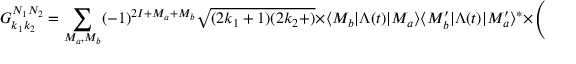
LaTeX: G _ { k _ { 1 } k _ { 2 } } ^ { N _ { 1 } N _ { 2 } } = \sum _ { M _ { a } , M _ { b } } ( - 1 ) ^ { 2 I + M _ { a } + M _ { b } } { \sqrt { ( 2 k _ { 1 } + 1 ) ( 2 k _ { 2 } + ) } } \times \langle M _ { b } | \Lambda ( t ) | M _ { a } \rangle \langle M _ { b } ^ { \prime } | \Lambda ( t ) | M _ { a } ^ { \prime } \rangle ^ { * } \times { \left( \begin{array} { l l l } { I } & { I } & { k _ { 1 } } \\ { M _ { a } ^ { \prime } } & { - M _ { a } } & { N _ { 1 } } \end{array} \right) } { \left( \begin{array} { l l l } { I } & { I } & { k _ { 2 } } \\ { M _ { b } ^ { \prime } } & { - M _ { b } } & { N _ { 2 } } \end{array} \right) }